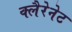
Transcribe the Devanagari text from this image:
क्लैरेनेट